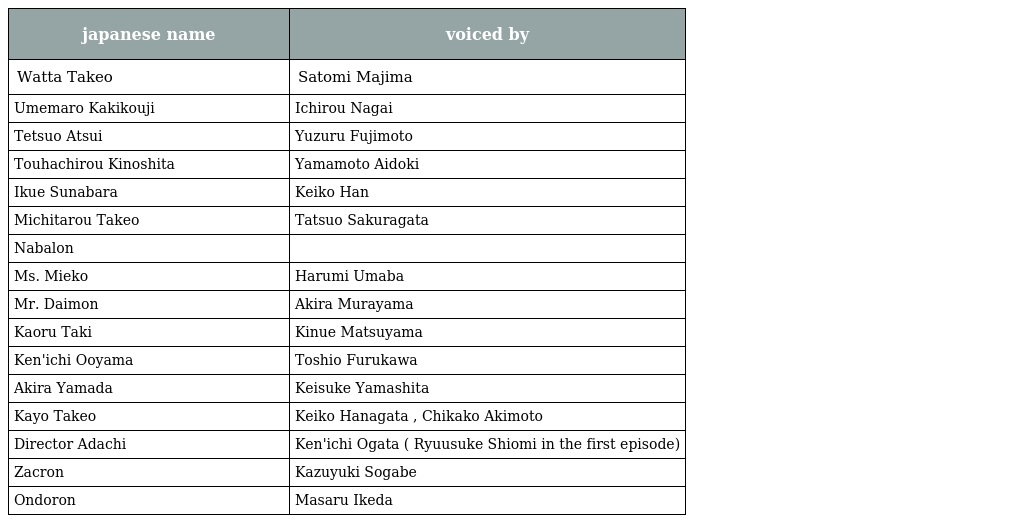
| japanese name | voiced by |
 | --- | --- |
 | Watta Takeo | Satomi Majima |
 | Umemaro Kakikouji | Ichirou Nagai |
 | Tetsuo Atsui | Yuzuru Fujimoto |
 | Touhachirou Kinoshita | Yamamoto Aidoki |
 | Ikue Sunabara | Keiko Han |
 | Michitarou Takeo | Tatsuo Sakuragata |
 | Nabalon |  |
 | Ms. Mieko | Harumi Umaba |
 | Mr. Daimon | Akira Murayama |
 | Kaoru Taki | Kinue Matsuyama |
 | Ken'ichi Ooyama | Toshio Furukawa |
 | Akira Yamada | Keisuke Yamashita |
 | Kayo Takeo | Keiko Hanagata , Chikako Akimoto |
 | Director Adachi | Ken'ichi Ogata ( Ryuusuke Shiomi in the first episode) |
 | Zacron | Kazuyuki Sogabe |
 | Ondoron | Masaru Ikeda |